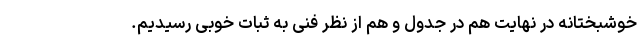
خوشبختانه در نهایت هم در جدول و هم از نظر فنی به ثبات خوبی رسیدیم.